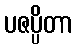
ပဇပ္ပိတာ